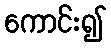
ကောင်း၍